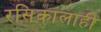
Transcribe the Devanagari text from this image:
रसिकालाही